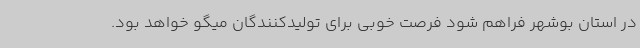
در استان بوشهر فراهم شود فرصت خوبی برای تولیدکنندگان میگو خواهد بود.